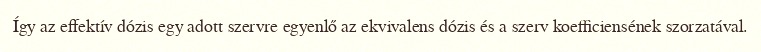
Így az effektív dózis egy adott szervre egyenlő az ekvivalens dózis és a szerv koefficiensének szorzatával.